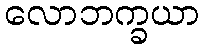
လောဘက္ခယာ